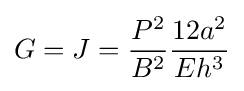
G=J={\frac {P^{2}}{B^{2}}}{\frac {12a^{2}}{Eh^{3}}}